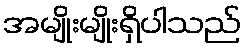
အမျိုးမျိုးရှိပါသည်